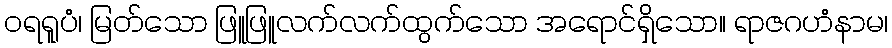
ဝရရူပံ၊ မြတ်သော ဖြူဖြူလက်လက်ထွက်သော အရောင်ရှိသော။ ရာဇဂဟံနာမ၊